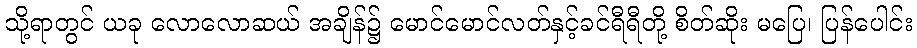
သို့ရာတွင် ယခု လောလောဆယ် အချိန်၌ မောင်မောင်လတ်နှင့်ခင်ရီရီတို့ စိတ်ဆိုး မပြေ၊ ပြန်ပေါင်း